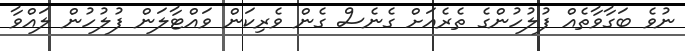
ނުވެ ބަގާވާތެއް ފުލުހުންގެ ތެެރެއަށް ގެނެސް ގެން ވެރިކަން ވައްޓާލަން ފުލުހުން ލައްވާ